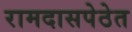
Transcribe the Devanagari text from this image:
रामदासपेठेत